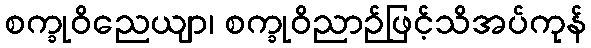
စက္ခုဝိညေယျာ၊ စက္ခုဝိညာဉ်ဖြင့်သိအပ်ကုန်